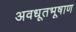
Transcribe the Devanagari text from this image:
अवधूतभूषाण